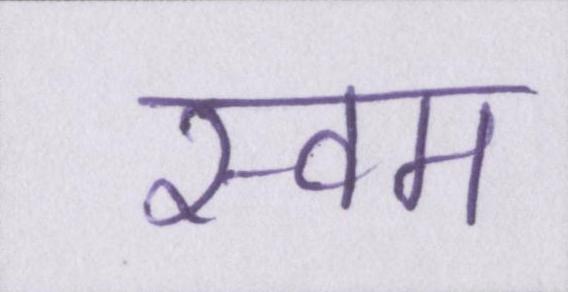
स्वम